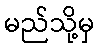
မည်သို့မှ